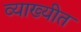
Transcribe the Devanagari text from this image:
व्याख्यीत